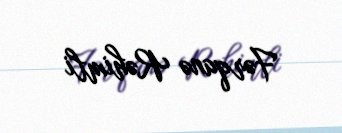
Fərqanə Rəhimli